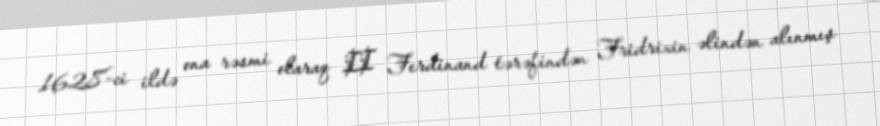
1628-ci ildə ona rəsmi olaraq II Ferdinand tərəfindən Fridrixin əlindən alınmış